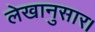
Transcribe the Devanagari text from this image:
लेखानुसार।